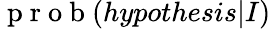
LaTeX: \mathrm{~p~r~o~b~}(hypothesis|I)